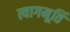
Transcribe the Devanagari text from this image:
त्यागमूर्ति